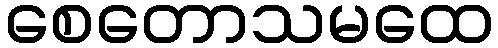
စေတောသမထေ